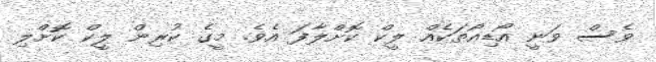
ވެސް ވަނީ އޯޑިއޯތަކެއް ލީކް ކޮށްލާފަ އެވެ. މީގެ ކުރިން ލީކް ކޮށްލި